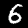
Digit: 6